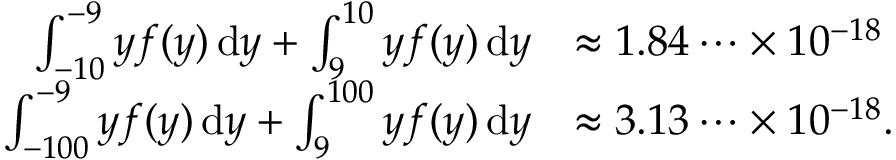
\begin{array} { r l } { \int _ { - 1 0 } ^ { - 9 } y f ( y ) \, \mathrm { d } y + \int _ { 9 } ^ { 1 0 } y f ( y ) \, \mathrm { d } y } & { \approx 1 . 8 4 \dots \times 1 0 ^ { - 1 8 } } \\ { \int _ { - 1 0 0 } ^ { - 9 } y f ( y ) \, \mathrm { d } y + \int _ { 9 } ^ { 1 0 0 } y f ( y ) \, \mathrm { d } y } & { \approx 3 . 1 3 \dots \times 1 0 ^ { - 1 8 } \mathrm { . } } \end{array}